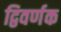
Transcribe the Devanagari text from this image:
द्विवर्णक